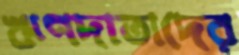
ঋণদাতাদের